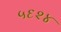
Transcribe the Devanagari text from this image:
५६२४